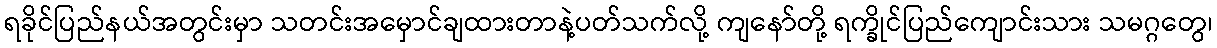
ရခိုင်ပြည်နယ်အတွင်းမှာ သတင်းအမှောင်ချထားတာနဲ့ပတ်သက်လို့ ကျနော်တို့ ရက္ခိုင်ပြည်ကျောင်းသား သမဂ္ဂတွေ၊